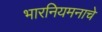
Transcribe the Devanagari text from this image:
भारनियमनाचे